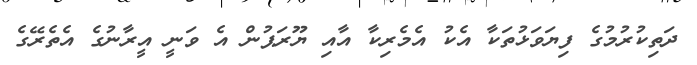
ދަތިކުރުމުގެ ފިޔަވަޅުތަކާ އެކު އެމެރިކާ އާއި ޔޫރަޕުން އެ ވަނީ އީރާނުގެ އެތެރޭގެ